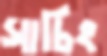
সাচিং